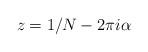
LaTeX: \begin{align*}z= 1/N-2\pi i\alpha\end{align*}